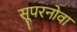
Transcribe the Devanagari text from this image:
सूपरनोवा